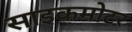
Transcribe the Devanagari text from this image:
साइकमोटर